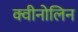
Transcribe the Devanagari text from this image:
क्वीनोलिन